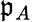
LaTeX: \mathfrak{p}_{A}